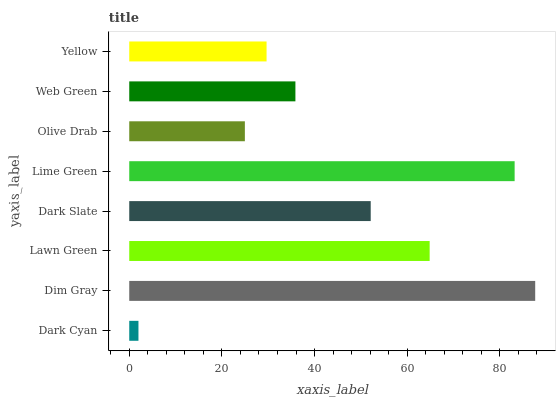
| yaxis_label | bars |
 | --- | --- |
 | Dark Cyan | 1.99 |
 | Dim Gray | 87.6 |
 | Lawn Green | 64.8 |
 | Dark Slate | 52.1 |
 | Lime Green | 83.2 |
 | Olive Drab | 25 |
 | Web Green | 35.9 |
 | Yellow | 29.6 |